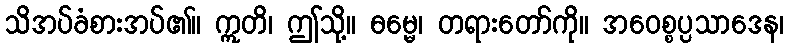
သိအပ်ခံစားအပ်၏။ ဣတိ၊ ဤသို့။ ဓမ္မေ၊ တရားတော်ကို။ အဝေစ္စပ္ပသာဒေန၊